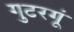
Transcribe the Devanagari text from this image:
गुटरगूं